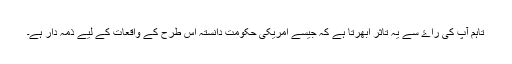
تاہم آپ کی راۓ سے يہ تاثر ابھرتا ہے کہ جيسے امريکی حکومت دانستہ اس طرح کے واقعات کے ليے ذمہ دار ہے۔